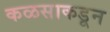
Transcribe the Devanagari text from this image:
कळसाकडून